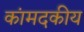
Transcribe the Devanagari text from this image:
कांमदकीय